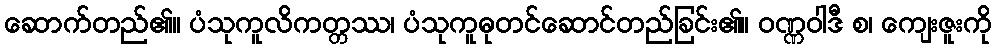
ဆောက်တည်၏။ ပံသုကူလိကတ္တဿ၊ ပံသုကူဓုတင်ဆောင်တည်ခြင်း၏။ ဝဏ္ဏဝါဒီ စ၊ ကျေးဇူးကို